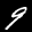
Label: 9